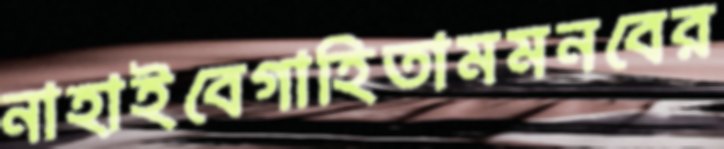
নাহাইবেগাহিতামমনবের